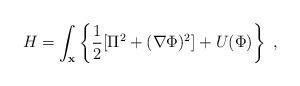
LaTeX: \begin{align*}H =\int_{\bf x} \left\{\frac{1}{2}[ \Pi^{2}+ ({\bf \nabla}\Phi)^{2}]+U(\Phi)\right\} \;,\end{align*}